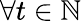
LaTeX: \forall t\in\mathbb{N}